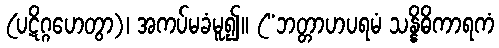
(ပဋိဂ္ဂဟေတွာ)၊ အကပ်မခံမူ၍။ (“ဘတ္တာဟပရမံ သန္နိဓိကာရကံ